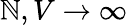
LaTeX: \mathbb{N},V\to\infty